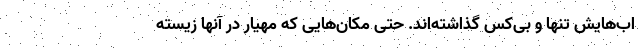
اب‌هایش تنها و بی‌کس گذاشته‌اند. حتی مکان‌هایی که مهیار در آنها زیسته